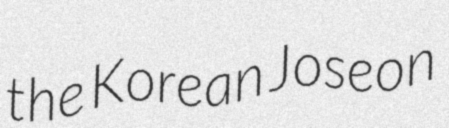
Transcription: the Korean Joseon